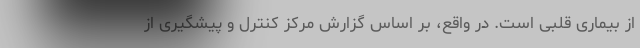
از بیماری قلبی است. در واقع، بر اساس گزارش مرکز کنترل و پیشگیری از